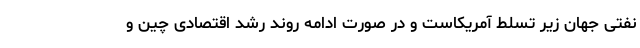
نفتی جهان زیر تسلط آمریکاست و در صورت ادامه روند رشد اقتصادی چین و